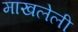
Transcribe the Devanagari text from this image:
माखलेली